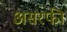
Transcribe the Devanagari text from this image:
असरफी